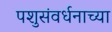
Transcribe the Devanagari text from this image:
पशुसंवर्धनाच्या